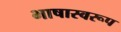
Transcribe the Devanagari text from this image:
भाषास्वरूप